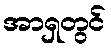
အာရှတွင်